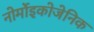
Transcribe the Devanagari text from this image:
नोर्मोइकोजेनिक